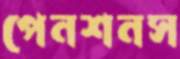
পেনশনস